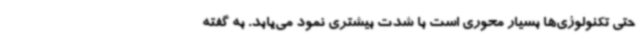
حتی تکنولوژی‌ها بسیار محوری است با شدت بیشتری نمود می‌یابد. به گفته